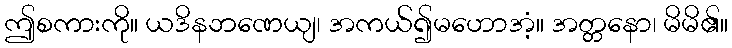
ဤစကားကို။ ယဒိနဘဏေယျ၊ အကယ်၍မဟောအံ့။ အတ္တနော၊ မိမိ၏။